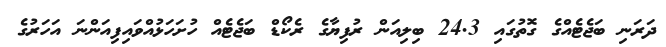
ދަރަނި ބަޖެޓެއްގެ ގޮތުގައި 24.3 ބިލިއަން ރުފިޔާގެ ރެކޯޑް ބަޖެޓެއް ހުށަހަޅުއްވައިފިއަންނަ އަހަރުގެ